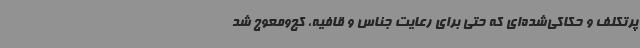
پرتکلف و حکاکی‌شده‌ای که حتی برای رعایت جناس و قافیه، کج‌ومعوج شد